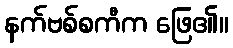
နက်ဗစ်စကီက ဖြေ၏။